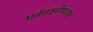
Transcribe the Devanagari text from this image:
सर्वलक्ष्मीफलप्रद